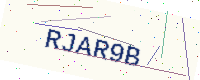
Text: RJAR9B